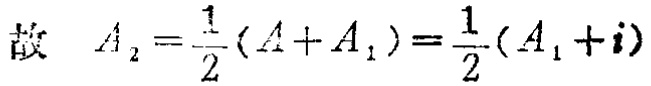
故 \(A_{2}=\frac{1}{2}(A + A_{1})=\frac{1}{2}(A_{1}+i)\)